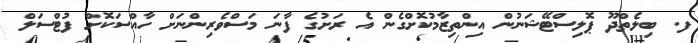
ފ. ބިލެތްދޫ ޕޮލިސްޓޭޝަނުން އިންތިޒާމުކޮށްގެން އެ ރަށުގެ ފާނަ މަސްވެރިންނަށް ހާއްސަކޮށް ފުޓްސަލް